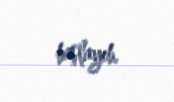
başlayıb.